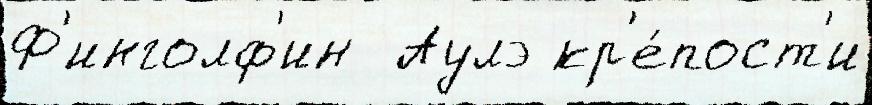
Ф'инголф'ин  Аулэ кр'е́пост'и